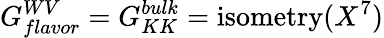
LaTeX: G_{flavor}^{WV}=G_{KK}^{bulk}=\mathrm{isometry}(X^{7})